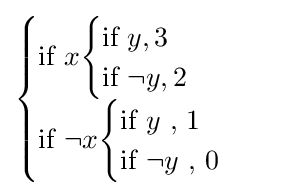
{\begin{cases}{\text{if }}x{\begin{cases}{\text{if }}y,3\\{\text{if }}\neg y,2\end{cases}}\\{\text{if }}\neg x{\begin{cases}{\text{if }}y{\text{ , }}1\\{\text{if }}\neg y{\text{ , }}0\end{cases}}\end{cases}}